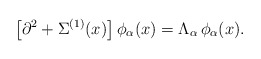
\begin{align*}\left[\partial^2+\Sigma^{(1)}(x)\right]\phi_{\alpha}(x)=\Lambda_{\alpha}\,\phi_{\alpha}(x).\end{align*}